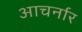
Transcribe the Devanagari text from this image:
आचर्नार